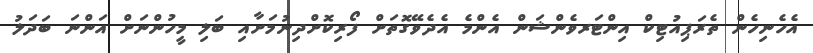
އެހެނިހެން ތެރަޕިއުޓިކް އިންޓަރވެންޝަން އެންމެ އެދެވޭގޮތަށް ފޯރިކޮށްދިނުމަށާއި ބަލި މީހުންނަށް އަންނަ ބަދަލު